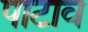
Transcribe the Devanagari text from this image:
पाटाव